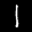
Label: 1